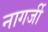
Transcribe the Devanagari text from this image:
नागर्जी